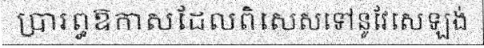
ប្រារព្ធឱកាសដែលពិសេសទៅនូវែសេឡង់